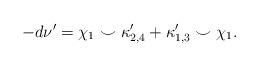
LaTeX: \begin{align*} -d\nu' = \chi_1 \smile \kappa'_{2,4} + \kappa'_{1,3} \smile \chi_1. \end{align*}